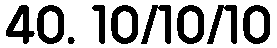
40. 10/10/10